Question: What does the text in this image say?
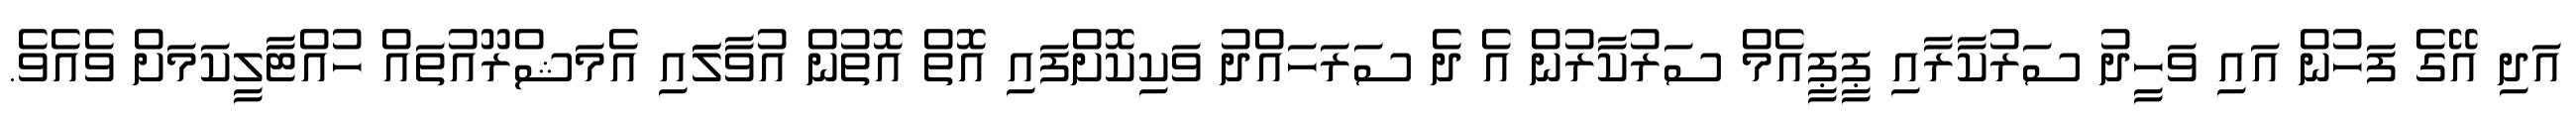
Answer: އަދި އޭގެ ފަހުން އައި ވަހީދު ސަރުކާރާއި ޕީޕީއެމް ސަރުކާރުން އެ ދެ ސަރަހައްދު ވަކިކޮށްފައި އޮތް އޮތުން އުވާލަައި އެމަޝްރޫއުތައް ހުއްޓާލީކަމަށް ވެއެވެ.